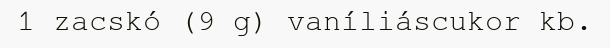
1 zacskó (9 g) vaníliáscukor kb.